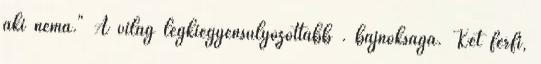
aki néma." A világ legkiegyensúlyozottabb . bajnoksága. Két férfi,